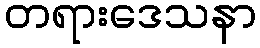
တရားဒေသနာ